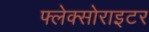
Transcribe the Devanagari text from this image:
फ्लेक्सोराइटर